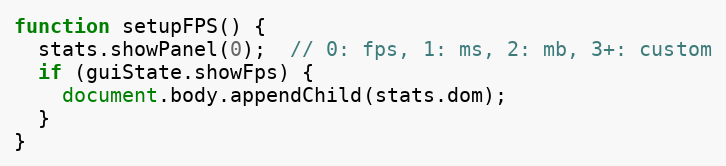
Language: JavaScript
function setupFPS() {
  stats.showPanel(0);  // 0: fps, 1: ms, 2: mb, 3+: custom
  if (guiState.showFps) {
    document.body.appendChild(stats.dom);
  }
}